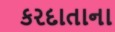
કરદાતાના